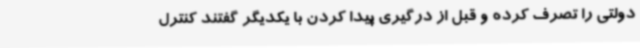
دولتی را تصرف کرده و قبل از درگیری پیدا کردن با یکدیگر گفتند کنترل